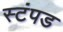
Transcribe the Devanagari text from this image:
स्टंपड